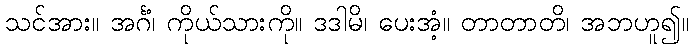
သင်အား။ အင်္ဂံ၊ ကိုယ်သားကို။ ဒဒါမိ၊ ပေးအံ့။ တာတာတိ၊ အဘဟူ၍။